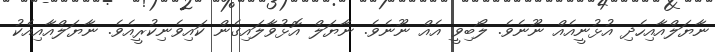
ނާޔަލްއާއިހެދި އުޅުނީއެއް ނޫނެވެ. ލޯބިވީ އެއް ނޫނެވެ. ނާޔަލް އޮޅުވާލައިގެން ކައިވެނިކުރީއެވެ. ނާޔަލްއާއިއެކު